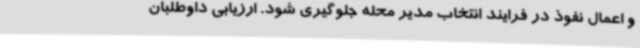
و اعمال نفوذ در فرایند انتخاب مدیر محله جلوگیری شود. ارزیابی داوطلبان